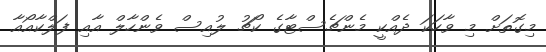
މިގޮތަށް މި ވާހަކަ ދެއްކީ މެންޗެސްޓާގެ ކޯޗު ލުއިސް ވެންހާލް އާއި ފަލްކާއޯއާ